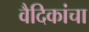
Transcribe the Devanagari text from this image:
वैदिकांचा